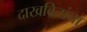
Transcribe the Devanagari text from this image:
दाखवितांना